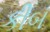
કીબ